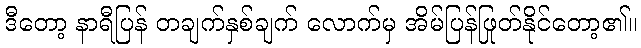
ဒီတော့ နာရီပြန် တချက်နှစ်ချက် လောက်မှ အိမ်ပြန်ဖြုတ်နိုင်တော့၏။